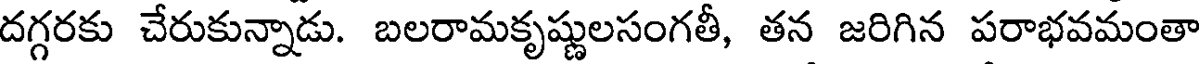
దగ్గరకు చేరుకున్నాడు. బలరామకృష్ణులసంగతీ, తన జరిగిన పరాభవమంతా